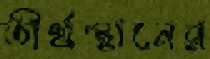
তীর্থস্থানের